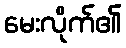
မေးလိုက်၏